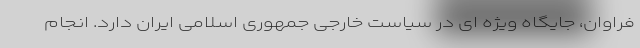
فراوان، جایگاه ویژه ای در سیاست خارجی جمهوری اسلامی ایران دارد. انجام